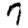
Digit: 7